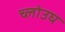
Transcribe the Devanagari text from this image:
च्लोउघ